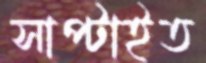
সাপ্‌টাইত